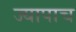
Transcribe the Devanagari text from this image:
ज्यापाच